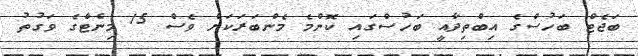
ބަޖެޓް ބަހުސްގެ އިބްތިދާއީ ބަހުސްގައި ކޮންމެ މެންބަރަކަށް ވެސް 15 މިނެޓްގެ ވަގުތު